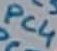
Text: PC4